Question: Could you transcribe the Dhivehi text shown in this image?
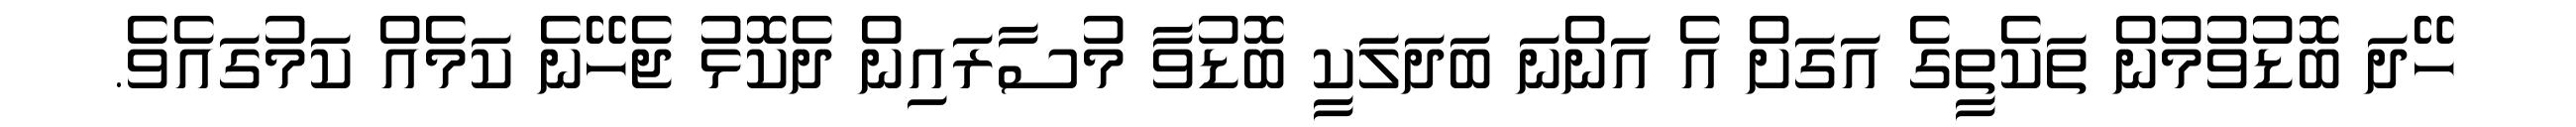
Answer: ހޭދަ ބޮޑުވުމުން ތަކެތީގެ އަގަށް އެ އަންނަ ބަދަލަކީ ބޮޑުވާ މުސާރައިން ދެކޮޅު ޖެހޭނެ ކަމެއް ކަމުގައެވެ.